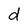
Character: d